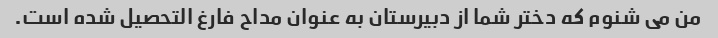
من می شنوم که دختر شما از دبیرستان به عنوان مداح فارغ التحصیل شده است.